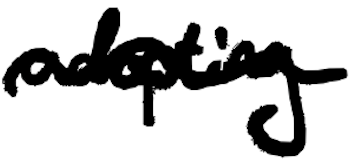
Text: adopting
Cross-out: wave
Writing tool: digital_black